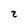
Character: 2